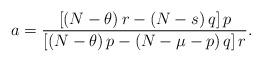
LaTeX: \begin{align*}a=\frac{\left[ \left( N-\theta\right) r-\left( N-s\right) q\right]p}{\left[ \left( N-\theta\right) p-\left( N-\mu-p\right) q\right] r}.\end{align*}